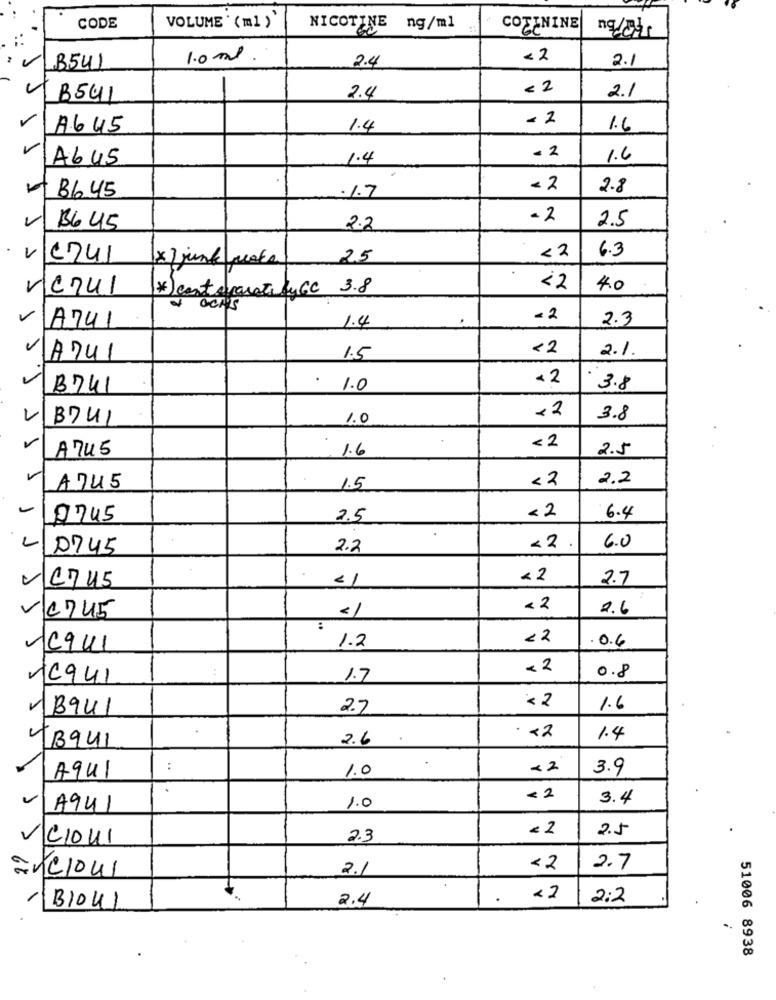
CODE
VOLUME ' ( ml )
NICOTINE ng/ml
COZENINE
1.0 ml
2.4
< 2
B541
2.1
< 2
B541
2.4
2.1
- 2
A6 45
1.4
1.6
Ab45
1.4
- 2
1.6
B6 45
- 2
2.8
1.7
-2
2.5
B645
2.2
1
6741
* ) junk freaks
25
<2
6.3
rezul
*) canteparates ly CC 3.8
22
4.0
OCH'S
v
1.4
-2
2.3
A741
<2
2.1
VA741
1.5
< 2
B741
. 1.0
3.8
12
B741
1.0
3.8
A745
1.6
<2
2.5
<2
2.2
VA745
1.5
-
<2
9745
2.5
6.4
L
0745
2.2
<2
6.0
<1
<2
2.7
Crus
<2
2.6
VC745
:
<2
0.6
Cq41
1.2
< 2
0.8
16941
1.7
VB941
2.7
<2
1.6
· < 2
2.6
1.4
43941
..
1.0
<2
3.9
Aqu1
<2
3.4
VA941
1.0
< 2
2.5
VCIOUI
2.3
2.1
<2
2.7
2.4
<2
2:2
/B1041
-
51006 8938